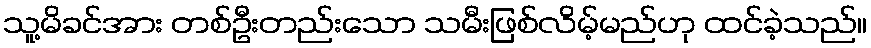
သူ့မိခင်အား တစ်ဦးတည်းသော သမီးဖြစ်လိမ့်မည်ဟု ထင်ခဲ့သည်။